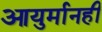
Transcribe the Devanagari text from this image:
आयुर्मानही